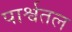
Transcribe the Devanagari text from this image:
पार्श्वतल